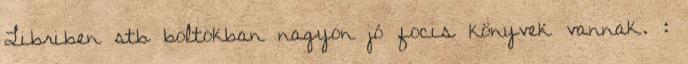
Libriben stb boltokban nagyon jó focis könyvek vannak. :